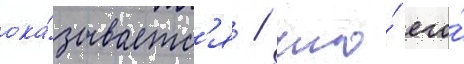
ока́зываетс'я / что́ его́